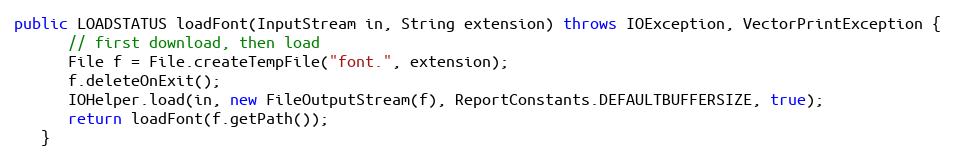
Language: Java
public LOADSTATUS loadFont(InputStream in, String extension) throws IOException, VectorPrintException {
      // first download, then load
      File f = File.createTempFile("font.", extension);
      f.deleteOnExit();
      IOHelper.load(in, new FileOutputStream(f), ReportConstants.DEFAULTBUFFERSIZE, true);
      return loadFont(f.getPath());
   }